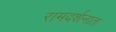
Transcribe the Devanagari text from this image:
रामदर्शनात